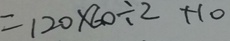
= 1 2 0 \times 6 0 \div 2 + 1 0